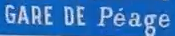
GARE DE Péage